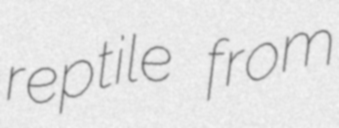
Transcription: reptile from